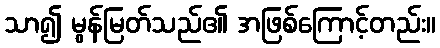
သာ၍ မွန်မြတ်သည်၏ အဖြစ်ကြောင့်တည်း။